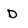
Character: D